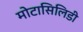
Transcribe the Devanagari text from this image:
मोटासिलिडी